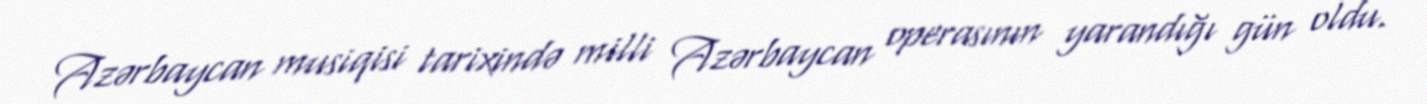
Azərbaycan musiqisi tarixində milli Azərbaycan operasının yarandığı gün oldu.